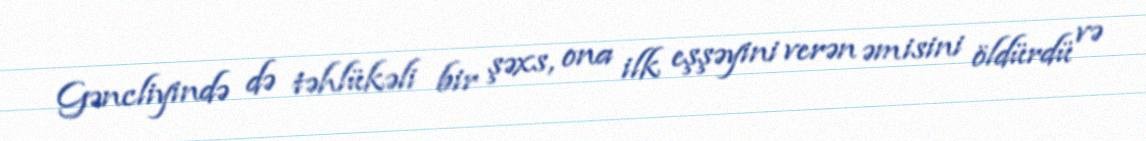
Gəncliyində də təhlükəli bir şəxs, ona ilk eşşəyini verən əmisini öldürdü və